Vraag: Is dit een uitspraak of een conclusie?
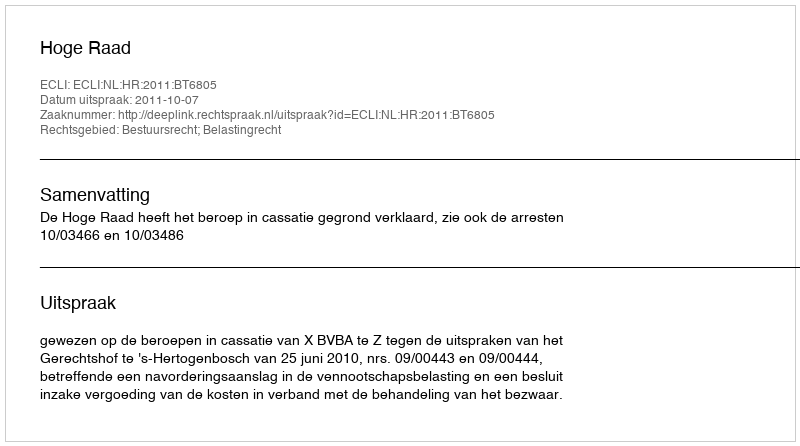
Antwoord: Uitspraak